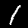
Label: 1